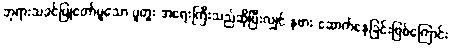
ဘုရားသခင်ပြုတော်မူသော ပူတူး အရေးကြီးသည်ဆိုပြီးလျှင် နဖား ဆောက်နေခြင်းဖြစ်ကြောင်း